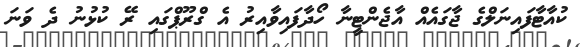
ކުއާޓާފައިނަލްގެ ޖާގައެއް އާޖެންޓީނާ ހޯދާފައިވާއިރު އެ ގްރޫޕްގައި ރޭ ކުޅުނު ދެ ވަނަ